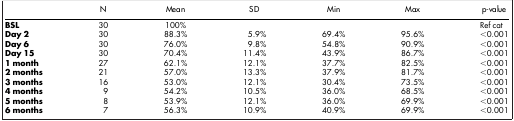
<table><thead><tr><td><b> </b></td><td><b>N</b></td><td><b>Mean</b></td><td><b>SD</b></td><td><b>Min</b></td><td><b>Max</b></td><td><b>p-value</b></td></tr></thead><tbody><tr><td><b>BSL</b></td><td>30</td><td>100%</td><td> </td><td> </td><td> </td><td>Ref cat</td></tr><tr><td><b>Day 2</b></td><td>30</td><td>88.3%</td><td>5.9%</td><td>69.4%</td><td>95.6%</td><td>&lt;0.001</td></tr><tr><td><b>Day 6</b></td><td>30</td><td>76.0%</td><td>9.8%</td><td>54.8%</td><td>90.9%</td><td>&lt;0.001</td></tr><tr><td><b>Day 15</b></td><td>30</td><td>70.4%</td><td>11.4%</td><td>43.9%</td><td>86.7%</td><td>&lt;0.001</td></tr><tr><td><b>1 month</b></td><td>27</td><td>62.1%</td><td>12.1%</td><td>37.7%</td><td>82.5%</td><td>&lt;0.001</td></tr><tr><td><b>2 months</b></td><td>21</td><td>57.0%</td><td>13.3%</td><td>37.9%</td><td>81.7%</td><td>&lt;0.001</td></tr><tr><td><b>3 months</b></td><td>16</td><td>53.0%</td><td>12.1%</td><td>30.4%</td><td>73.5%</td><td>&lt;0.001</td></tr><tr><td><b>4 months</b></td><td>9</td><td>54.2%</td><td>10.5%</td><td>36.0%</td><td>68.5%</td><td>&lt;0.001</td></tr><tr><td><b>5 months</b></td><td>8</td><td>53.9%</td><td>12.1%</td><td>36.0%</td><td>69.9%</td><td>&lt;0.001</td></tr><tr><td><b>6 months</b></td><td>7</td><td>56.3%</td><td>10.9%</td><td>40.9%</td><td>69.9%</td><td>&lt;0.001</td></tr></tbody></table>